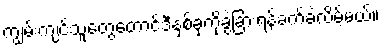
ကျွမ်းကျင်သူတွေတောင်ဒီနှစ်ခုကိုခွဲခြားရန်ခက်ခဲလိမ့်မယ်။